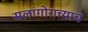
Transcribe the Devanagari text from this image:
सलांगोराच्याच